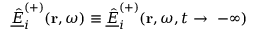
\underline { { \hat { E } } } _ { i } ^ { ( + ) } ( \mathbf { r } , \omega ) \equiv \underline { { \hat { E } } } _ { i } ^ { ( + ) } ( \mathbf { r } , \omega , t \rightarrow \ - \infty )